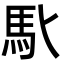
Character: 𩡬